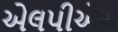
એલપીએચ